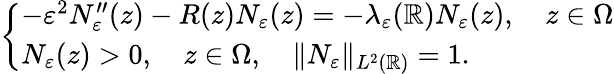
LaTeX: \left\{ \begin{array}{ll}{-\varepsilon^{2}N_{\varepsilon}^{\prime\prime}(z)-R(z)N_{\varepsilon}(z)=-\lambda_{\varepsilon}(\mathbb{R})N_{\varepsilon}(z),\quad z\in\Omega}\\ {N_{\varepsilon}(z)>0,\quad z\in\Omega,\quad\| N_{\varepsilon}\| _{L^{2}(\mathbb{R})}=1.}\end{array}\right.